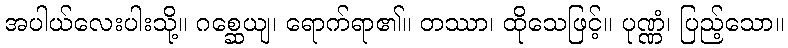
အပါယ်လေးပါးသို့။ ဂစ္ဆေယျ၊ ရောက်ရာ၏။ တဿာ၊ ထိုသေဖြင့်။ ပုဏ္ဏံ၊ ပြည့်သော။